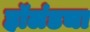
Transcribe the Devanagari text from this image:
हॉलंडचा